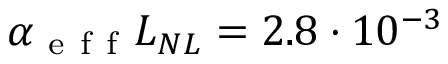
\alpha _ { \mathrm { ~ e ~ f ~ f ~ } } L _ { N L } = 2 . 8 \cdot 1 0 ^ { - 3 }